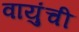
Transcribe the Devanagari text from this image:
वायुंची